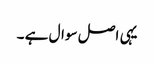
یہی اصل سوال ہے ۔